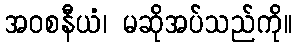
အဝစနီယံ၊ မဆိုအပ်သည်ကို။